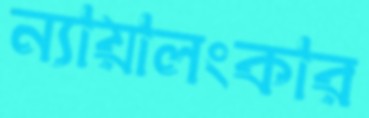
ন্যায়ালংকার